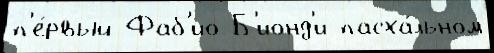
п'е́рвый Фаб'ио Б'ионд'и пасха́льном